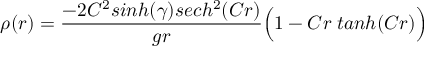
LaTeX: \rho ( r ) = { \frac { - 2 C ^ { 2 } s i n h ( \gamma ) s e c h ^ { 2 } ( C r ) } { g r } } \Big ( 1 - C r \; t a n h ( C r ) \Big )